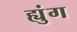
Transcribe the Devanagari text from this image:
ह्युंग